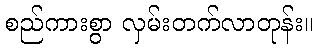
စည်ကားစွာ လှမ်းတက်လာတုန်း။